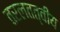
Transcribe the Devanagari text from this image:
तरलतत्वीय